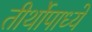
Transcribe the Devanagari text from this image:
तीर्थोपाध्ये